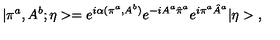
| \pi ^ { a } , A ^ { b } ; \eta > = e ^ { i \alpha ( \pi ^ { a } , A ^ { b } ) } e ^ { - i A ^ { a } \hat { \pi } ^ { a } } e ^ { i \pi ^ { a } \hat { A } ^ { a } } | \eta > \ ,